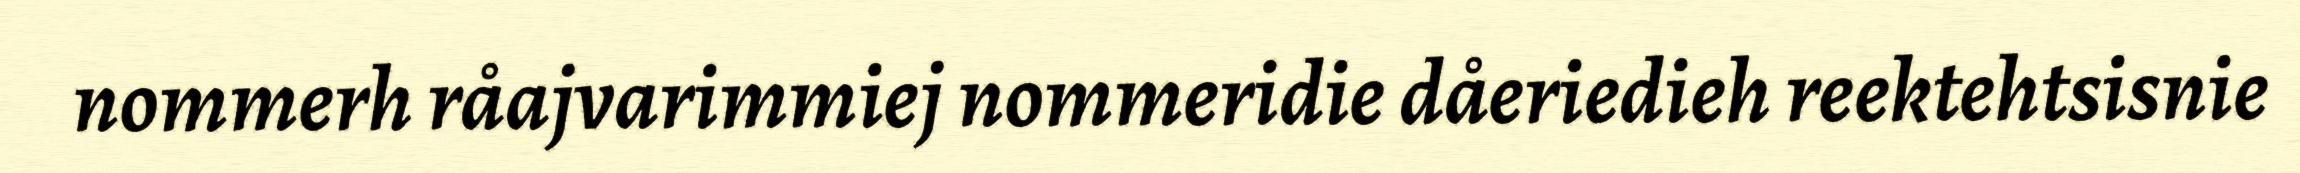
nommerh råajvarimmiej nommeridie dåeriedieh reektehtsisnie